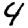
Digit: 4